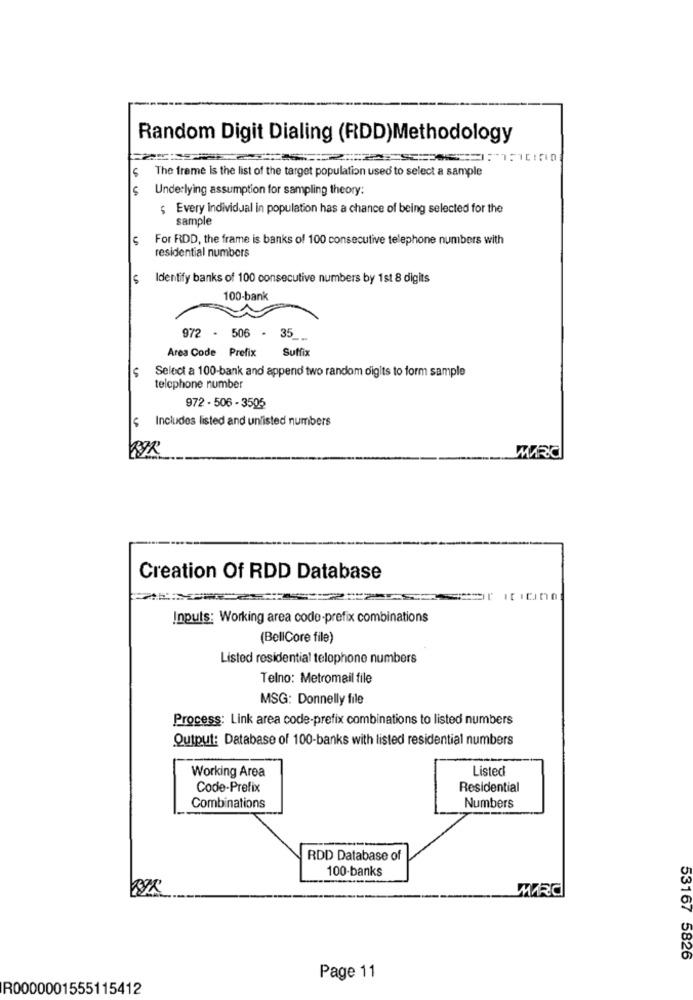
Random Digit Dialing (RDD)Methodology
The frame is the list of the target population used to select a sample
Underlying assumption for sampling theory:
; Every individual in population has a chance of being selected for the
sample
For RDD, the frame is banks of 100 consecutive telephone numbers with
residential numbers
Identify banks of 100 consecutive numbers by 1st 8 digits
100-bank
972 - 506 - 35
Area Code Prefix
Suffix
Select a 100-bank and append two random digits to form sample
telephone number
972 - 506 - 3505
$ Includes listed and unlisted numbers
WRO
Creation Of RDD Database
or itidino
Inputs: Working area code-prefix combinations
(BellCore file)
Listed residential telophone numbers
Telno: Metromail file
MSG: Donnelly file
Process: Link area code-prefix combinations to listed numbers
Output: Database of 100-banks with listed residential numbers
Working Area
Listed
Code-Prefix
Residential
Combinations
Numbers
RDD Database of
100-banks
WRC
53167 5826
Page 11
R0000001555115412